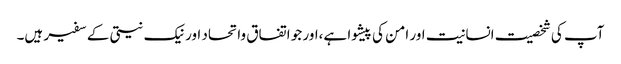
آپ کی شخصیت انسانیت اور امن کی پیشوا ہے،اور جو اتفاق واتحاد اور نیک نیتی کے سفیر ہیں۔